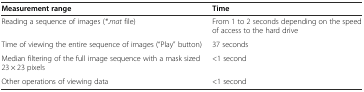
<table><thead><tr><td><b>Measurement range</b></td><td><b>Time</b></td></tr></thead><tbody><tr><td>Reading a sequence of images (<i>*.mat</i> file)</td><td>From 1 to 2 seconds depending on the speed of access to the hard drive</td></tr><tr><td>Time of viewing the entire sequence of images (“Play” button)</td><td>37 seconds</td></tr><tr><td>Median filtering of the full image sequence with a mask sized 23 × 23 pixels</td><td>&lt;1 second</td></tr><tr><td>Other operations of viewing data</td><td>&lt;1 second</td></tr></tbody></table>